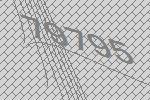
79795